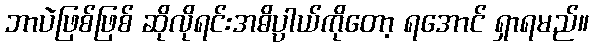
ဘာပဲဖြစ်ဖြစ် ဆိုလိုရင်းအဓိပ္ပါယ်ကိုတော့ ရအောင် ရှာရမည်။